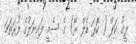
ލީގު ކަޕް ( ކޮޕަ ޑެލް ރޭ) ގެ ސެމީ ފައިނަލުގެ ފުރަތަމަ